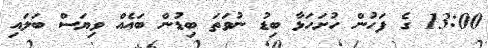
13:00 ގެ ފަހުން ހުށަހަޅާ ބިޑު ނުވަތަ ބިޑުން ބައެއް ވިޔަސް ބަލައި